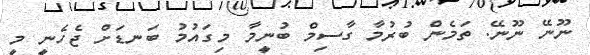
ނޫނޭ ނޫނޭ. ތަމެން ބުރުމާ ގާސިމް ބުނީމާ މިގައުމު ބަނޑަށް ޖެހެނީ މީ